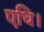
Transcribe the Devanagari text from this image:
एधि।